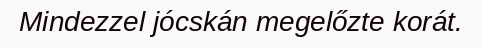
Mindezzel jócskán megelőzte korát.